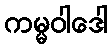
ကမ္မဝါဒေါ